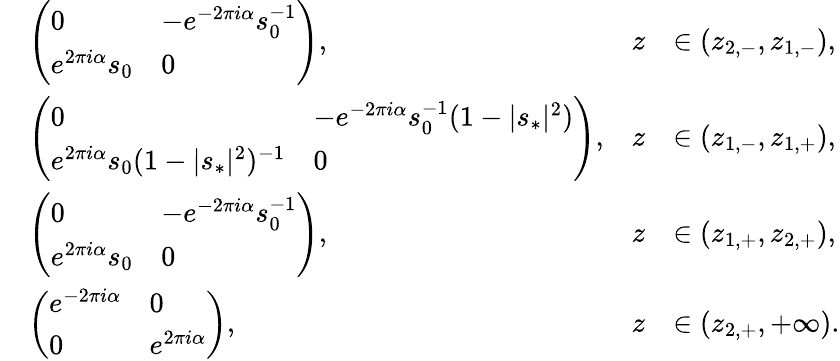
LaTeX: \begin{array}{rlrl}&{\left(\begin{array}{ll}{0}&{-e^{-2\pi i\alpha}s_{0}^{-1}}\\ {e^{2\pi i\alpha}s_{0}}&{0}\end{array}\right),}&{z}&{\in(z_{2,-},z_{1,-}),}\\ &{\left(\begin{array}{ll}{0}&{-e^{-2\pi i\alpha}s_{0}^{-1}(1-|s_{*}|^{2})}\\ {e^{2\pi i\alpha}s_{0}(1-|s_{*}|^{2})^{-1}}&{0}\end{array}\right),}&{z}&{\in(z_{1,-},z_{1,+}),}\\ &{\left(\begin{array}{ll}{0}&{-e^{-2\pi i\alpha}s_{0}^{-1}}\\ {e^{2\pi i\alpha}s_{0}}&{0}\end{array}\right),}&{z}&{\in(z_{1,+},z_{2,+}),}\\ &{\left(\begin{array}{ll}{e^{-2\pi i\alpha}}&{0}\\ {0}&{e^{2\pi i\alpha}}\end{array}\right),}&{z}&{\in(z_{2,+},+\infty).}\end{array}